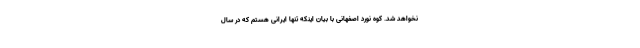
نخواهد شد. کوه نورد اصفهانی با بیان اینکه تنها ایرانی هستم که در سال